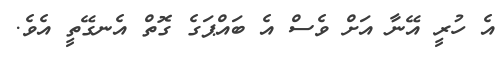
އެ ހުރީ އޭނާ އަށް ވެސް އެ ބައްޕަގެ ގޮތް އެނގޭތީ އެވެ.